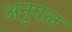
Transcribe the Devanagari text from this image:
अनुपल